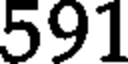
591